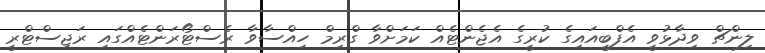
ލިންޗް ވިދާޅުވީ އެފްބީއައިގެ ކުރީގެ އެޖެންޓެއް ކަމަށްވާ ގްރިމް ހިއްސާވާ ރެސްޓޯރަންޓެއްގައި ރަޖިސްޓްރީ